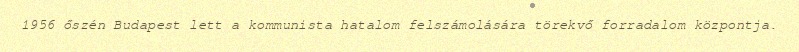
1956 őszén Budapest lett a kommunista hatalom felszámolására törekvő forradalom központja.